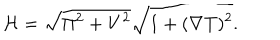
{ \cal H } = \sqrt { \Pi ^ { 2 } + V ^ { 2 } } \sqrt { 1 + ( \nabla T ) ^ { 2 } } .